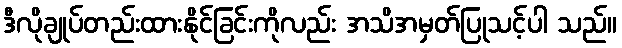
ဒီလိုချုပ်တည်းထားနိုင်ခြင်းကိုလည်း အသိအမှတ်ပြုသင့်ပါ သည်။